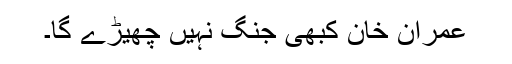
عمران خان کبھی جنگ نہیں چھیڑے گا۔